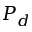
P _ { d }